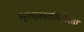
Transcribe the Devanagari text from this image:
मुलाखतीकरिता